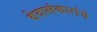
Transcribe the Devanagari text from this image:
वेदालंकारांचे